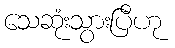
သေဆုံးသွားပြီဟု